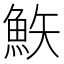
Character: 𩶇